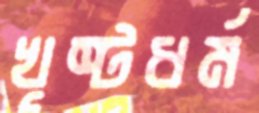
খৃষ্টধর্ম